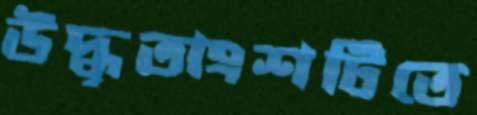
উদ্ধৃতাংশটিতে